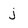
Character: j